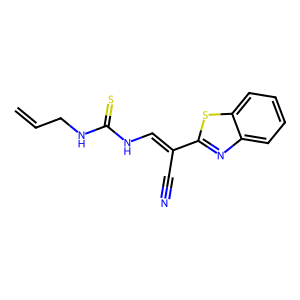
SMILES: C=CCNC(=S)NC=C(C#N)c1nc2ccccc2s1
Inhibits HIV replication: No